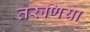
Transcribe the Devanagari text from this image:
तरुणिया